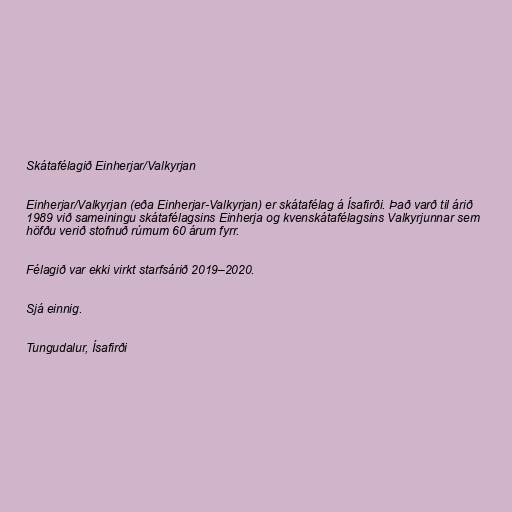
Skátafélagið Einherjar/Valkyrjan

Einherjar/Valkyrjan (eða Einherjar-Valkyrjan) er skátafélag á Ísafirði. Það varð til árið
1989 við sameiningu skátafélagsins Einherja og kvenskátafélagsins Valkyrjunnar sem
höfðu verið stofnuð rúmum 60 árum fyrr.

Félagið var ekki virkt starfsárið 2019–2020.

Sjá einnig.

Tungudalur, Ísafirði